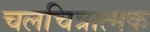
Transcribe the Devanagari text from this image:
चलचित्रात्मक